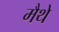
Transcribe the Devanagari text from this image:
मैथे